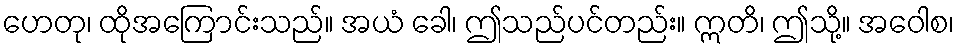
ဟေတု၊ ထိုအကြောင်းသည်။ အယံ ခေါ၊ ဤသည်ပင်တည်း။ ဣတိ၊ ဤသို့။ အဝေါစ၊